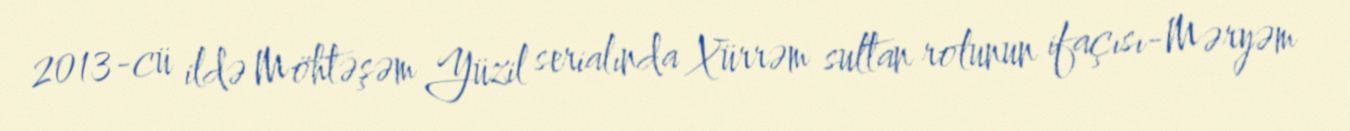
2013-cü ildə Möhtəşəm Yüzil serialında Xürrəm sultan rolunun ifaçısı-Məryəm